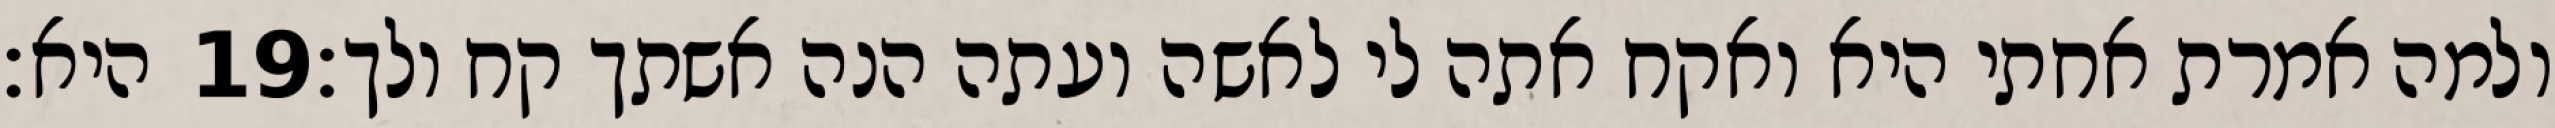
היא׃ ‎19‏ ולמה אמרת אחתי היא ואקח אתה לי לאשה ועתה הנה אשתך קח ולך׃